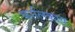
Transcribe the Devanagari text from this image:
कालिकाय